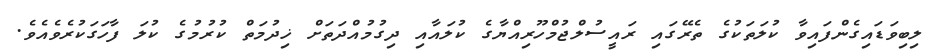
ލިބިވަޑައިގެންފައިވާ ކުލަތަކުގެ ތެރޭގައި ރައީސުލްޖުމްހޫރިއްޔާގެ ކުލައާއި ދިގުމުއްދަތަށް ޚިދުމަތް ކުރުމުގެ ކުލަ ފާހަގަކުރެވެއެވެ.